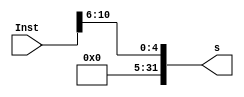
`timescale 1ns / 1ps

module ZeroExt5to32(
  input [31:0] Inst,
  output [31:0] s
    );
  assign s[4:0]=Inst[10:6];
  assign s[31:5]=0;
endmodule